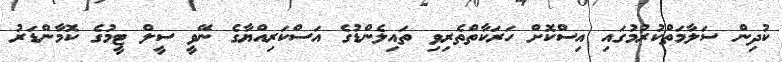
ކުދިން ސަލާމަތްކުރުމުގައި އިސްކޮށް ހަރަކާތްތެރިވި ތައިލެންޑުގެ އަސްކަރިއްޔާގެ ނޭވީ ސީލް ޓީމުގެ ކޮމާންޑަރު